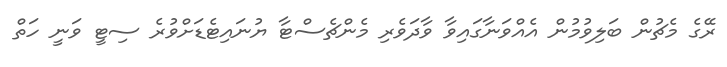
ރޭގެ މެޗުން ބަލިވުމުން އެއްވަނާގައިވާ ވާދަވެރި މެންޗެސްޓާ ޔުނައިޓެޑަށްވުރެ ސިޓީ ވަނީ ހަތް